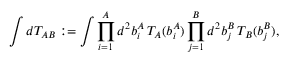
\int d T _ { A B } : = \int \prod _ { i = 1 } ^ { A } d ^ { 2 } b _ { i } ^ { A } \, T _ { A } ( b _ { i } ^ { A } ) \prod _ { j = 1 } ^ { B } d ^ { 2 } b _ { j } ^ { B } \, T _ { B } ( b _ { j } ^ { B } ) ,